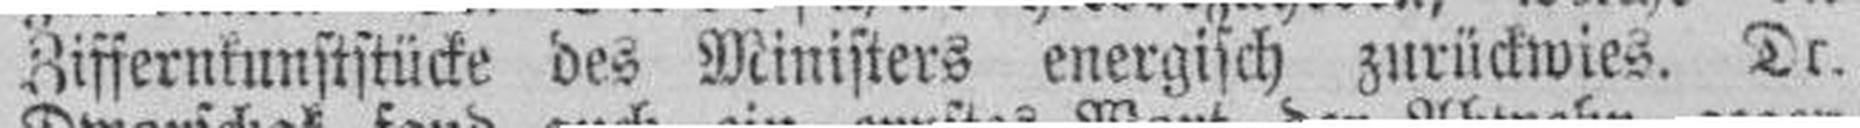
Ziffernkunststücke des Ministers energisch zurückwies. Dr.